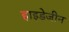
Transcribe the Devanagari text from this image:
हाइडेजीन